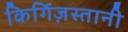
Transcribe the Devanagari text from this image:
किर्गिज़स्तानी